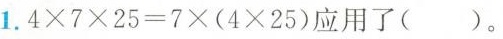
1.$$4 \times 7 \times 2 5 = 7 \times ( 4 \times 2 5 )$$应用了()